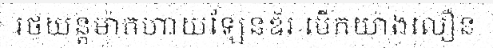
រថយន្តម៉ាកហាយឡែនឌ័រ បើកយ៉ាងលឿន